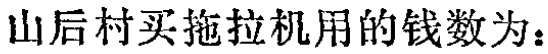
山后村买拖拉机用的钱数为：